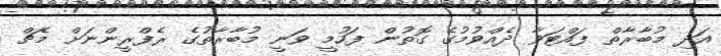
އަދި މުބާރާތް ފައްޓަވާ ދެއްވުމުގެ ގޮތުން ފަހުމީ ވަނީ މުބާރާތުގެ ރެފްރީންނަށް މެޗް